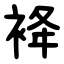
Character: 袶